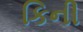
કિની